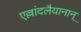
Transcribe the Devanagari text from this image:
एल्लांदलैयानान्